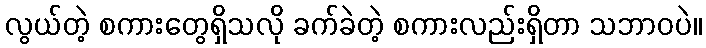
လွယ်တဲ့ စကားတွေရှိသလို ခက်ခဲတဲ့ စကားလည်းရှိတာ သဘာဝပဲ။